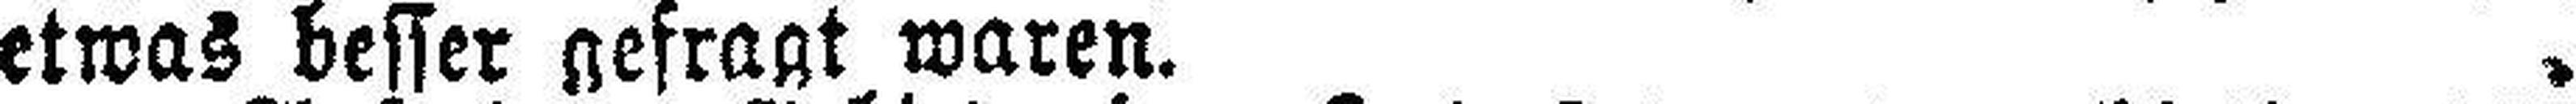
etwas besser gefragt waren.